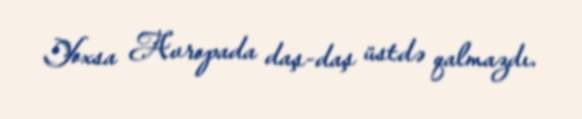
Yoxsa Avropada daş-daş üstdə qalmazdı.